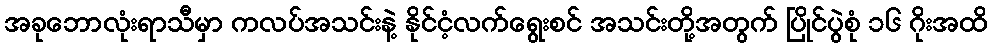
အခုဘောလုံးရာသီမှာ ကလပ်အသင်းနဲ့ နိုင်ငံ့လက်ရွေးစင် အသင်းတို့အတွက် ပြိုင်ပွဲစုံ ၁၆ ဂိုးအထိ